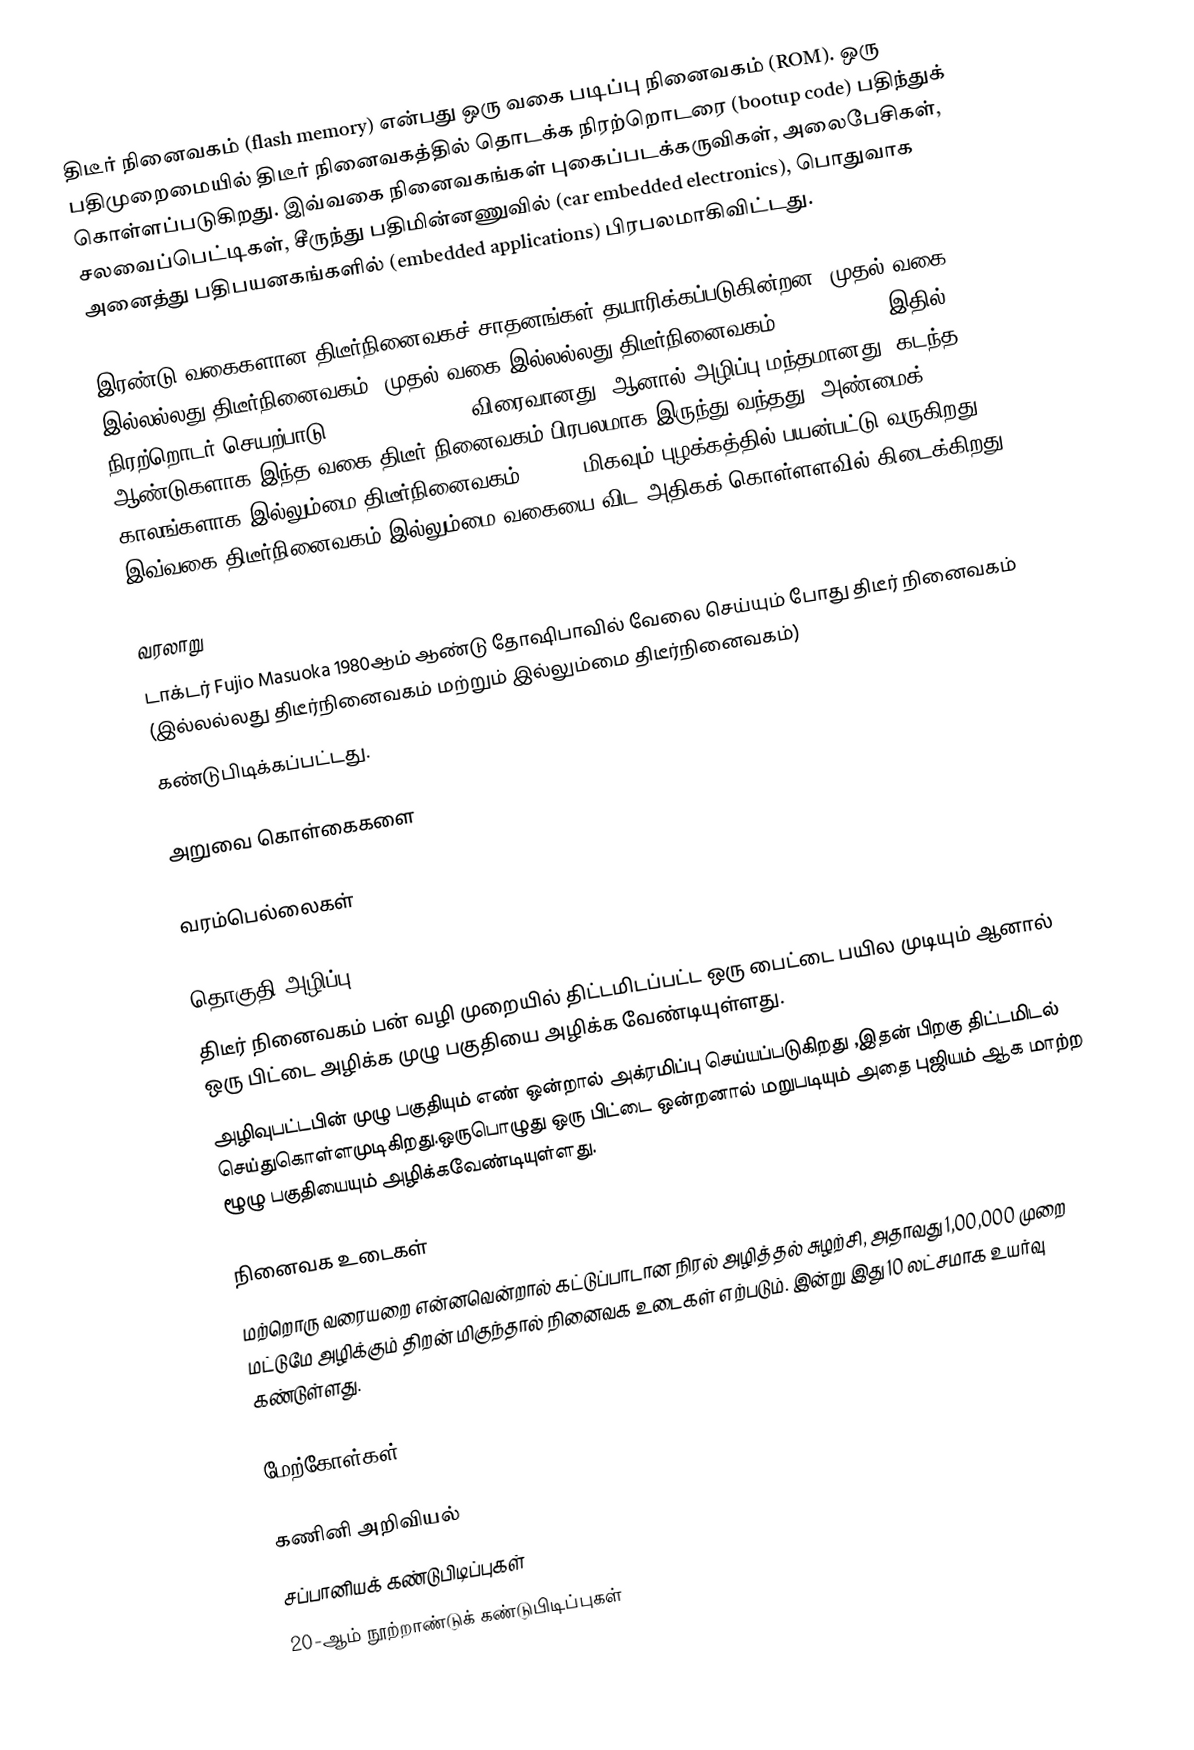
திடீர் நினைவகம் (flash memory) என்பது ஒரு வகை படிப்பு நினைவகம் (ROM). ஒரு பதிமுறைமையில் திடீர் நினைவகத்தில் தொடக்க நிரற்றொடரை (bootup code) பதிந்துக் கொள்ளப்படுகிறது. இவ்வகை நினைவகங்கள் புகைப்படக்கருவிகள், அலைபேசிகள், சலவைப்பெட்டிகள், சீருந்து பதிமின்னணுவில் (car embedded electronics), பொதுவாக அனைத்து பதிபயனகங்களில் (embedded applications) பிரபலமாகிவிட்டது.

இரண்டு வகைகளான திடீர்நினைவகச் சாதனங்கள் தயாரிக்கப்படுகின்றன. முதல் வகை இல்லல்லது திடீர்நினைவகம். முதல் வகை இல்லல்லது திடீர்நினைவகம் (NOR flash). இதில் நிரற்றொடர் செயற்பாடு (code execution) விரைவானது. ஆனால் அழிப்பு மந்தமானது. கடந்த ஆண்டுகளாக இந்த வகை திடீர் நினைவகம் பிரபலமாக இருந்து வந்தது. அண்மைக் காலங்களாக இல்லும்மை திடீர்நினைவகம் (NAND) மிகவும் புழக்கத்தில் பயன்பட்டு வருகிறது. இவ்வகை திடீர்நினைவகம் இல்லும்மை வகையை விட அதிகக் கொள்ளளவில் கிடைக்கிறது.

வரலாறு
டாக்டர் Fujio Masuoka 1980ஆம் ஆண்டு தோஷிபாவில் வேலை செய்யும் போது திடீர் நினைவகம் (இல்லல்லது திடீர்நினைவகம் மற்றும் இல்லும்மை திடீர்நினைவகம்)
கண்டுபிடிக்கப்பட்டது.

அறுவை கொள்கைகளை

வரம்பெல்லைகள்

தொகுதி அழிப்பு
திடீர் நினைவகம் பன் வழி முறையில்  திட்டமிடப்பட்ட ஒரு பைட்டை பயில முடியும் ஆனால் ஒரு பிட்டை அழிக்க முழு பகுதியை அழிக்க வேண்டியுள்ளது.
அழிவுபட்டபின் முழு பகுதியும் எண் ஒன்றால் அக்ரமிப்பு செய்யப்படுகிறது ,இதன் பிறகு திட்டமிடல் செய்துகொள்ளமுடிகிறது.ஒருபொழுது ஒரு பிட்டை ஒன்றனால் மறுபடியும் அதை புஜியம் ஆக மாற்ற ழூழு பகுதியையும் அழிக்கவேண்டியுள்ளது.

நினைவக உடைகள்
மற்றொரு வரையறை என்னவென்றால் கட்டுப்பாடான நிரல் அழித்தல் சுழற்சி, அதாவது 1,00,000 முறை மட்டுமே அழிக்கும் திறன் மிகுந்தால் நினைவக உடைகள் எற்படும். இன்று இது 10 லட்சமாக உயர்வு கண்டுள்ளது.

மேற்கோள்கள்

கணினி அறிவியல்
சப்பானியக் கண்டுபிடிப்புகள்
20-ஆம் நூற்றாண்டுக் கண்டுபிடிப்புகள்